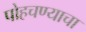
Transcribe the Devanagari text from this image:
पोहचण्याचा